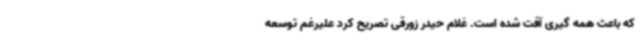
که باعث همه گیری آفت شده است. غلام حیدر زورقی تصریح کرد علیرغم توسعه